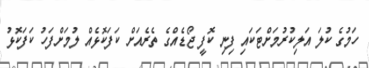
ހަމުގެ ކުލަ އަލިކުރުމަށްޓަކައި ފިނި ކޮފީ ޖޯޑެއްގެ ތެރެއަށް ކަފަކޮޅެއް ލުމަށްފަހު ކަފަކޮޅު